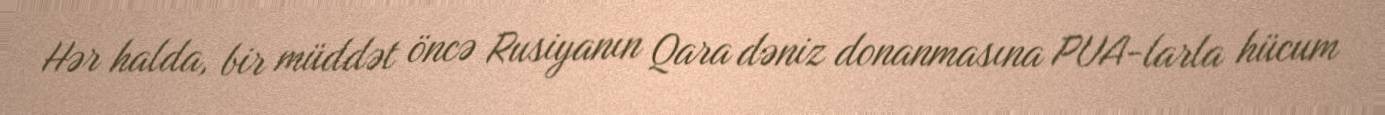
Hər halda, bir müddət öncə Rusiyanın Qara dəniz donanmasına PUA-larla hücum